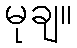
မုချ။